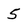
Character: 5